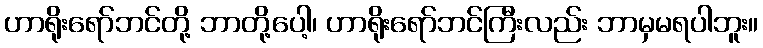
ဟာရိုးရော်ဘင်တို့ ဘာတို့ပေါ့၊ ဟာရိုးရော်ဘင်ကြီးလည်း ဘာမှမရပါဘူး။